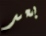
بعد